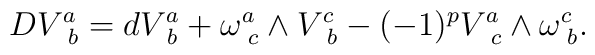
DV^{a}_{\,\,\,b} = d V^{a}_{\,\, b} + \omega^{a}_{\,\, c}\wedge  V^{c}_{\,\,\, b} -  (-1)^{p}     V^{a}_{\,\,\, c} \wedge \omega^{c}_{\,\, b}.